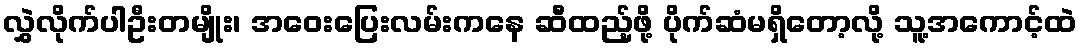
လွှဲလိုက်ပါဦးတမျိုး၊ အဝေးပြေးလမ်းကနေ ဆီထည့်ဖို့ ပိုက်ဆံမရှိတော့လို့ သူ့အကောင့်ထဲ